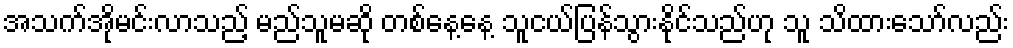
အသက်အိုမင်းလာသည့် မည်သူမဆို တစ်နေ့နေ့ သူငယ်ပြန်သွားနိုင်သည်ဟု သူ သိထားသော်လည်း